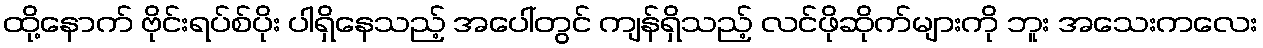
ထို့နောက် ဗိုင်းရပ်စ်ပိုး ပါရှိနေသည့် အပေါ်တွင် ကျန်ရှိသည့် လင်ဖိုဆိုက်များကို ဘူး အသေးကလေး